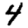
Digit: 4